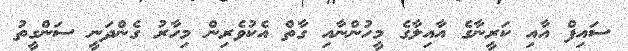
ސައިފް އާއި ކަރީނާގެ އާއިލާގެ މީހުންނާއި ގާތް އެކުވެރިން މިހާރު ގެންދަނީ ސަންގީތު